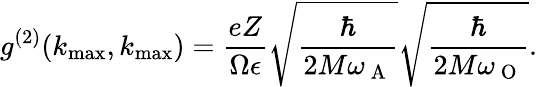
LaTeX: g^{(2)}(k_{\operatorname*{max}},k_{\operatorname*{max}})=\frac{eZ}{\Omega\epsilon}\sqrt{\frac{\hbar}{2M\omega_{\mathrm{~A~}}}}\sqrt{\frac{\hbar}{2M\omega_{\mathrm{~O~}}}}.